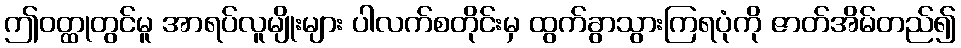
ဤဝတ္ထုတွင်မူ အာရပ်လူမျိုးများ ပါလက်စတိုင်းမှ ထွက်ခွာသွားကြရပုံကို ဇာတ်အိမ်တည်၍